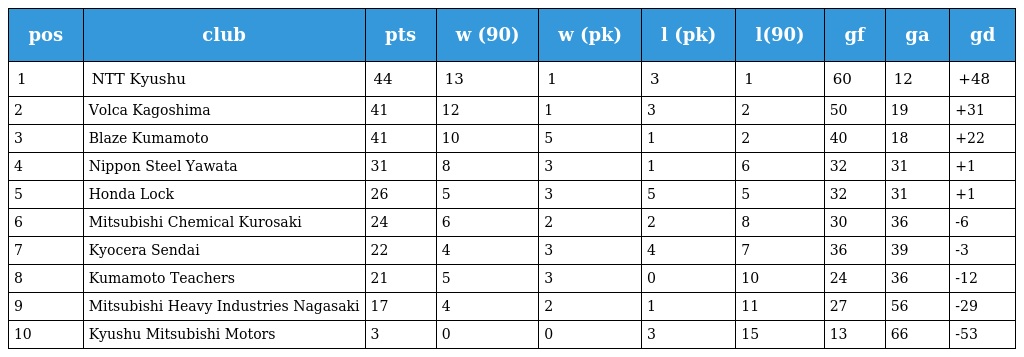
| pos | club | pts | w (90) | w (pk) | l (pk) | l(90) | gf | ga | gd |
 | --- | --- | --- | --- | --- | --- | --- | --- | --- | --- |
 | 1 | NTT Kyushu | 44 | 13 | 1 | 3 | 1 | 60 | 12 | +48 |
 | 2 | Volca Kagoshima | 41 | 12 | 1 | 3 | 2 | 50 | 19 | +31 |
 | 3 | Blaze Kumamoto | 41 | 10 | 5 | 1 | 2 | 40 | 18 | +22 |
 | 4 | Nippon Steel Yawata | 31 | 8 | 3 | 1 | 6 | 32 | 31 | +1 |
 | 5 | Honda Lock | 26 | 5 | 3 | 5 | 5 | 32 | 31 | +1 |
 | 6 | Mitsubishi Chemical Kurosaki | 24 | 6 | 2 | 2 | 8 | 30 | 36 | -6 |
 | 7 | Kyocera Sendai | 22 | 4 | 3 | 4 | 7 | 36 | 39 | -3 |
 | 8 | Kumamoto Teachers | 21 | 5 | 3 | 0 | 10 | 24 | 36 | -12 |
 | 9 | Mitsubishi Heavy Industries Nagasaki | 17 | 4 | 2 | 1 | 11 | 27 | 56 | -29 |
 | 10 | Kyushu Mitsubishi Motors | 3 | 0 | 0 | 3 | 15 | 13 | 66 | -53 |